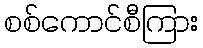
စစ်ကောင်စီကြား